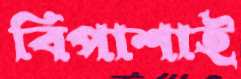
বিপাশাই